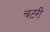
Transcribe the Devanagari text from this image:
चटरी